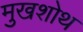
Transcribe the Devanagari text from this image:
मुखशोथ